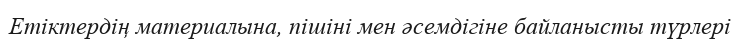
Етіктердің материалына, пішіні мен әсемдігіне байланысты түрлері